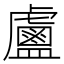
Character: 𥃈